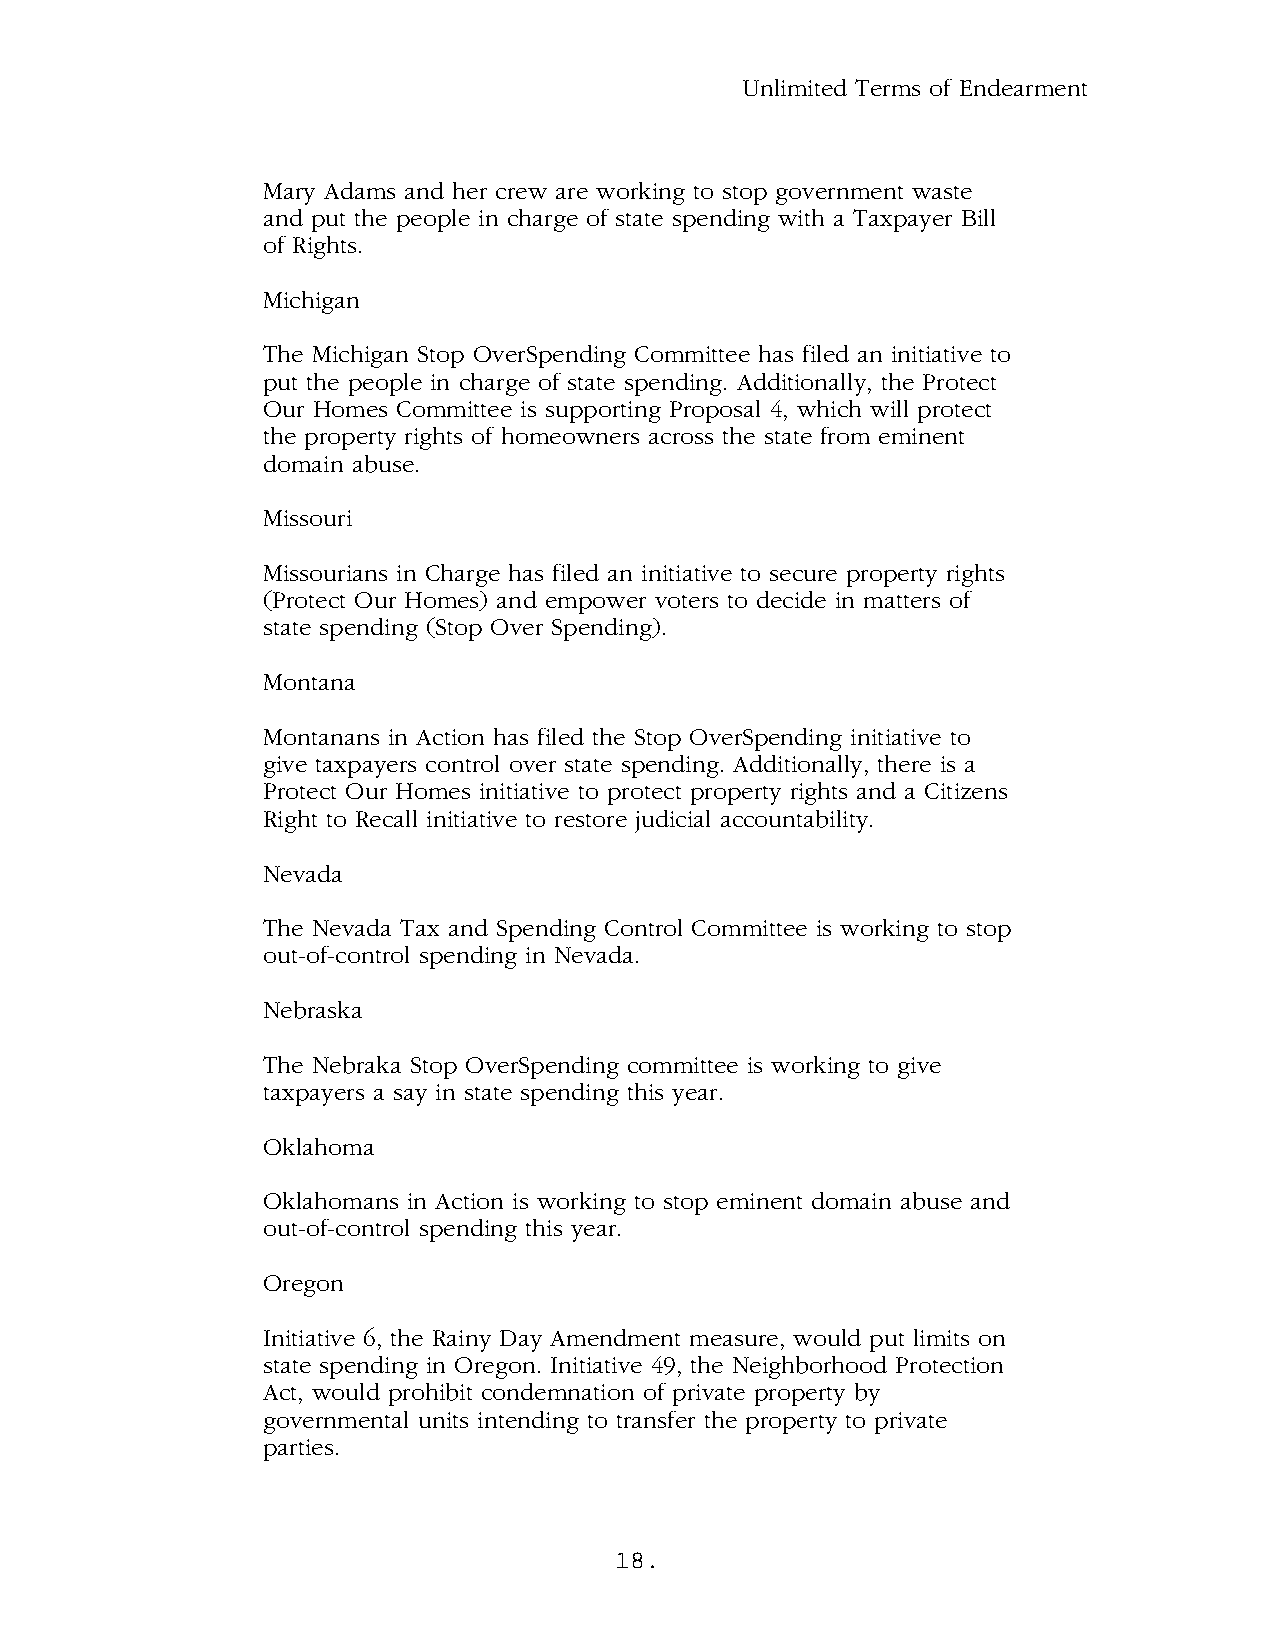
Unlimited Terms of Endearment
 Mary Adams and her crew are working to stop government waste
 and put the people in charge of state spending with a Taxpayer Bill
 of Rights.
 Michigan
 The Michigan Stop OverSpending Committee has filed an initiative to
 put the people in charge of state spending. Additionally, the Protect
 Our Homes Committee is supporting Proposal 4, which will protect
 the property rights of homeowners across the state from eminent
 domain abuse.
 Missouri
 Missourians in Charge has filed an initiative to secure property rights
 (Protect Our Homes) and empower voters to decide in matters of
 state spending (Stop Over Spending).
 Montana
 Montanans in Action has filed the Stop OverSpending initiative to
 give taxpayers control over state spending. Additionally, there is a
 Protect Our Homes initiative to protect property rights and a Citizens
 Right to Recall initiative to restore judicial accountability.
 Nevada
 The Nevada Tax and Spending Control Committee is working to stop
 out-of-control spending in Nevada.
 Nebraska
 The Nebraka Stop OverSpending committee is working to give
 taxpayers a say in state spending this year.
 Oklahoma
 Oklahomans in Action is working to stop eminent domain abuse and
 out-of-control spending this year.
 Oregon
 Initiative 6, the Rainy Day Amendment measure, would put limits on
 state spending in Oregon. Initiative 49, the Neighborhood Protection
 Act, would prohibit condemnation of private property by
 governmental units intending to transfer the property to private
 parties.
 18.